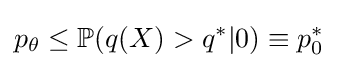
p_{\theta }\leq \mathbb {P} (q(X)>q^{*}|0)\equiv p_{0}^{*}